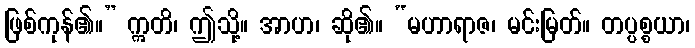
ဖြစ်ကုန်၏။” ဣတိ၊ ဤသို့။ အာဟ၊ ဆို၏။ “မဟာရာဇ၊ မင်းမြတ်။ တပ္ပစ္စယာ၊